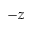
- z